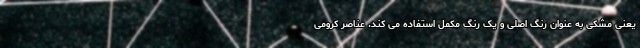
یعنی مشکی به عنوان رنگ اصلی و یک رنگ مکمل استفاده می کند. عناصر کرومی